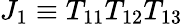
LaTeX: J_{1}\equiv T_{11}T_{12}T_{13}